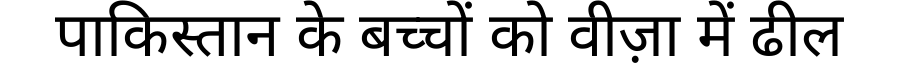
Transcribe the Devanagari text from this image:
पाकिस्तान के बच्चों को वीज़ा में ढील